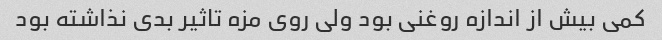
کمی بیش از اندازه روغنی بود ولی روی مزه تاثیر بدی نذاشته بود